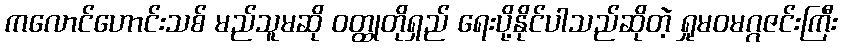
ကလောင်ဟောင်းသစ် မည်သူမဆို ဝတ္ထုတိုရှည် ရေးပို့နိုင်ပါသည်ဆိုတဲ့ ရှုမဝမဂ္ဂဇင်းကြီး